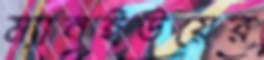
ম্যানইউয়ের